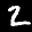
Label: 2